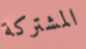
المشتركة